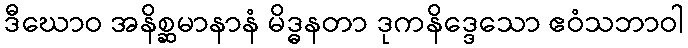
ဒီဃောဝ အနိစ္ဆမာနာနံ မိဒ္ဓနတာ ဒုကနိဒ္ဒေသော ဧဝံသဘာဝါ